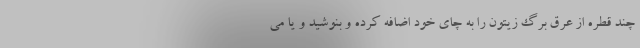
چند قطره از عرق برگ زیتون را به چای خود اضافه کرده و بنوشید و یا می